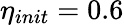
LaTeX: \eta_{init}=0.6